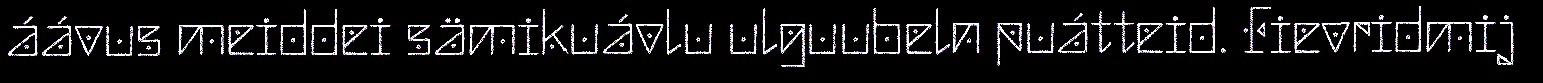
áávus meiddei sämikuávlu ulguubeln puátteid. Fievridmij